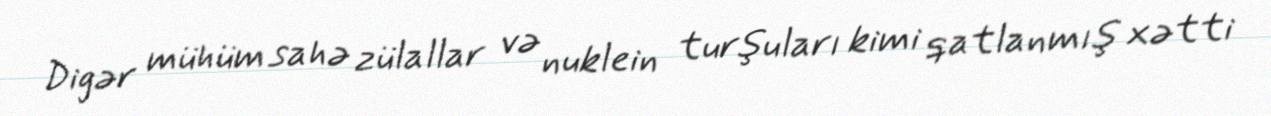
Digər mühüm sahə zülallar və nuklein turşuları kimi qatlanmış xətti